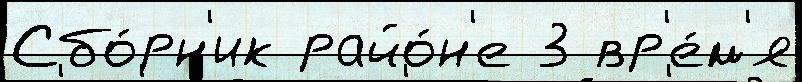
Сбо́рн'ик райо́н'е 3 вр'е́м'я